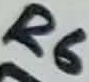
Text: R6